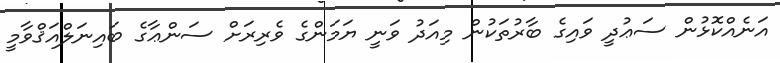
އަނެއްކޮޅުން ސަޢުދީ ވައިގެ ބާރުތަކުން މިއަދު ވަނީ ޔަމަންގެ ވެރިރަށް ސަންޢާގެ ބައިނަލްއަޤްވާމީ